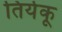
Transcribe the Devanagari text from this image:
तिर्यकू